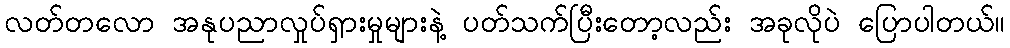
လတ်တလော အနုပညာလှုပ်ရှားမှုများနဲ့ ပတ်သက်ပြီးတော့လည်း အခုလိုပဲ ပြောပါတယ်။